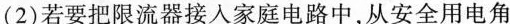
2)若要把限流器接人家庭电路中，从安全用电角